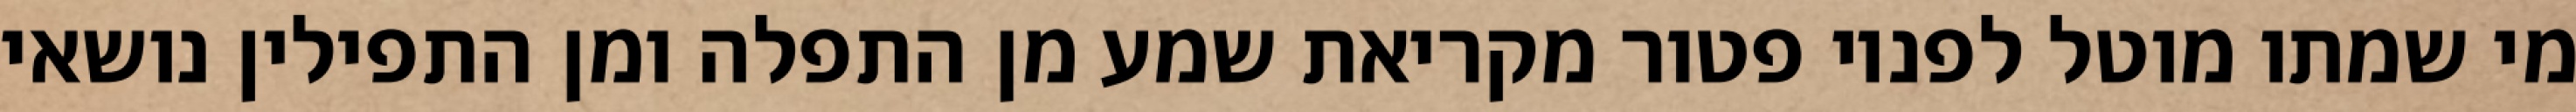
מי שמתו מוטל לפניו פטור מקריאת שמע מן התפלה ומן התפילין נושאי